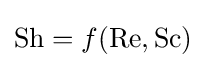
\mathrm {Sh} =f(\mathrm {Re} ,\mathrm {Sc} )